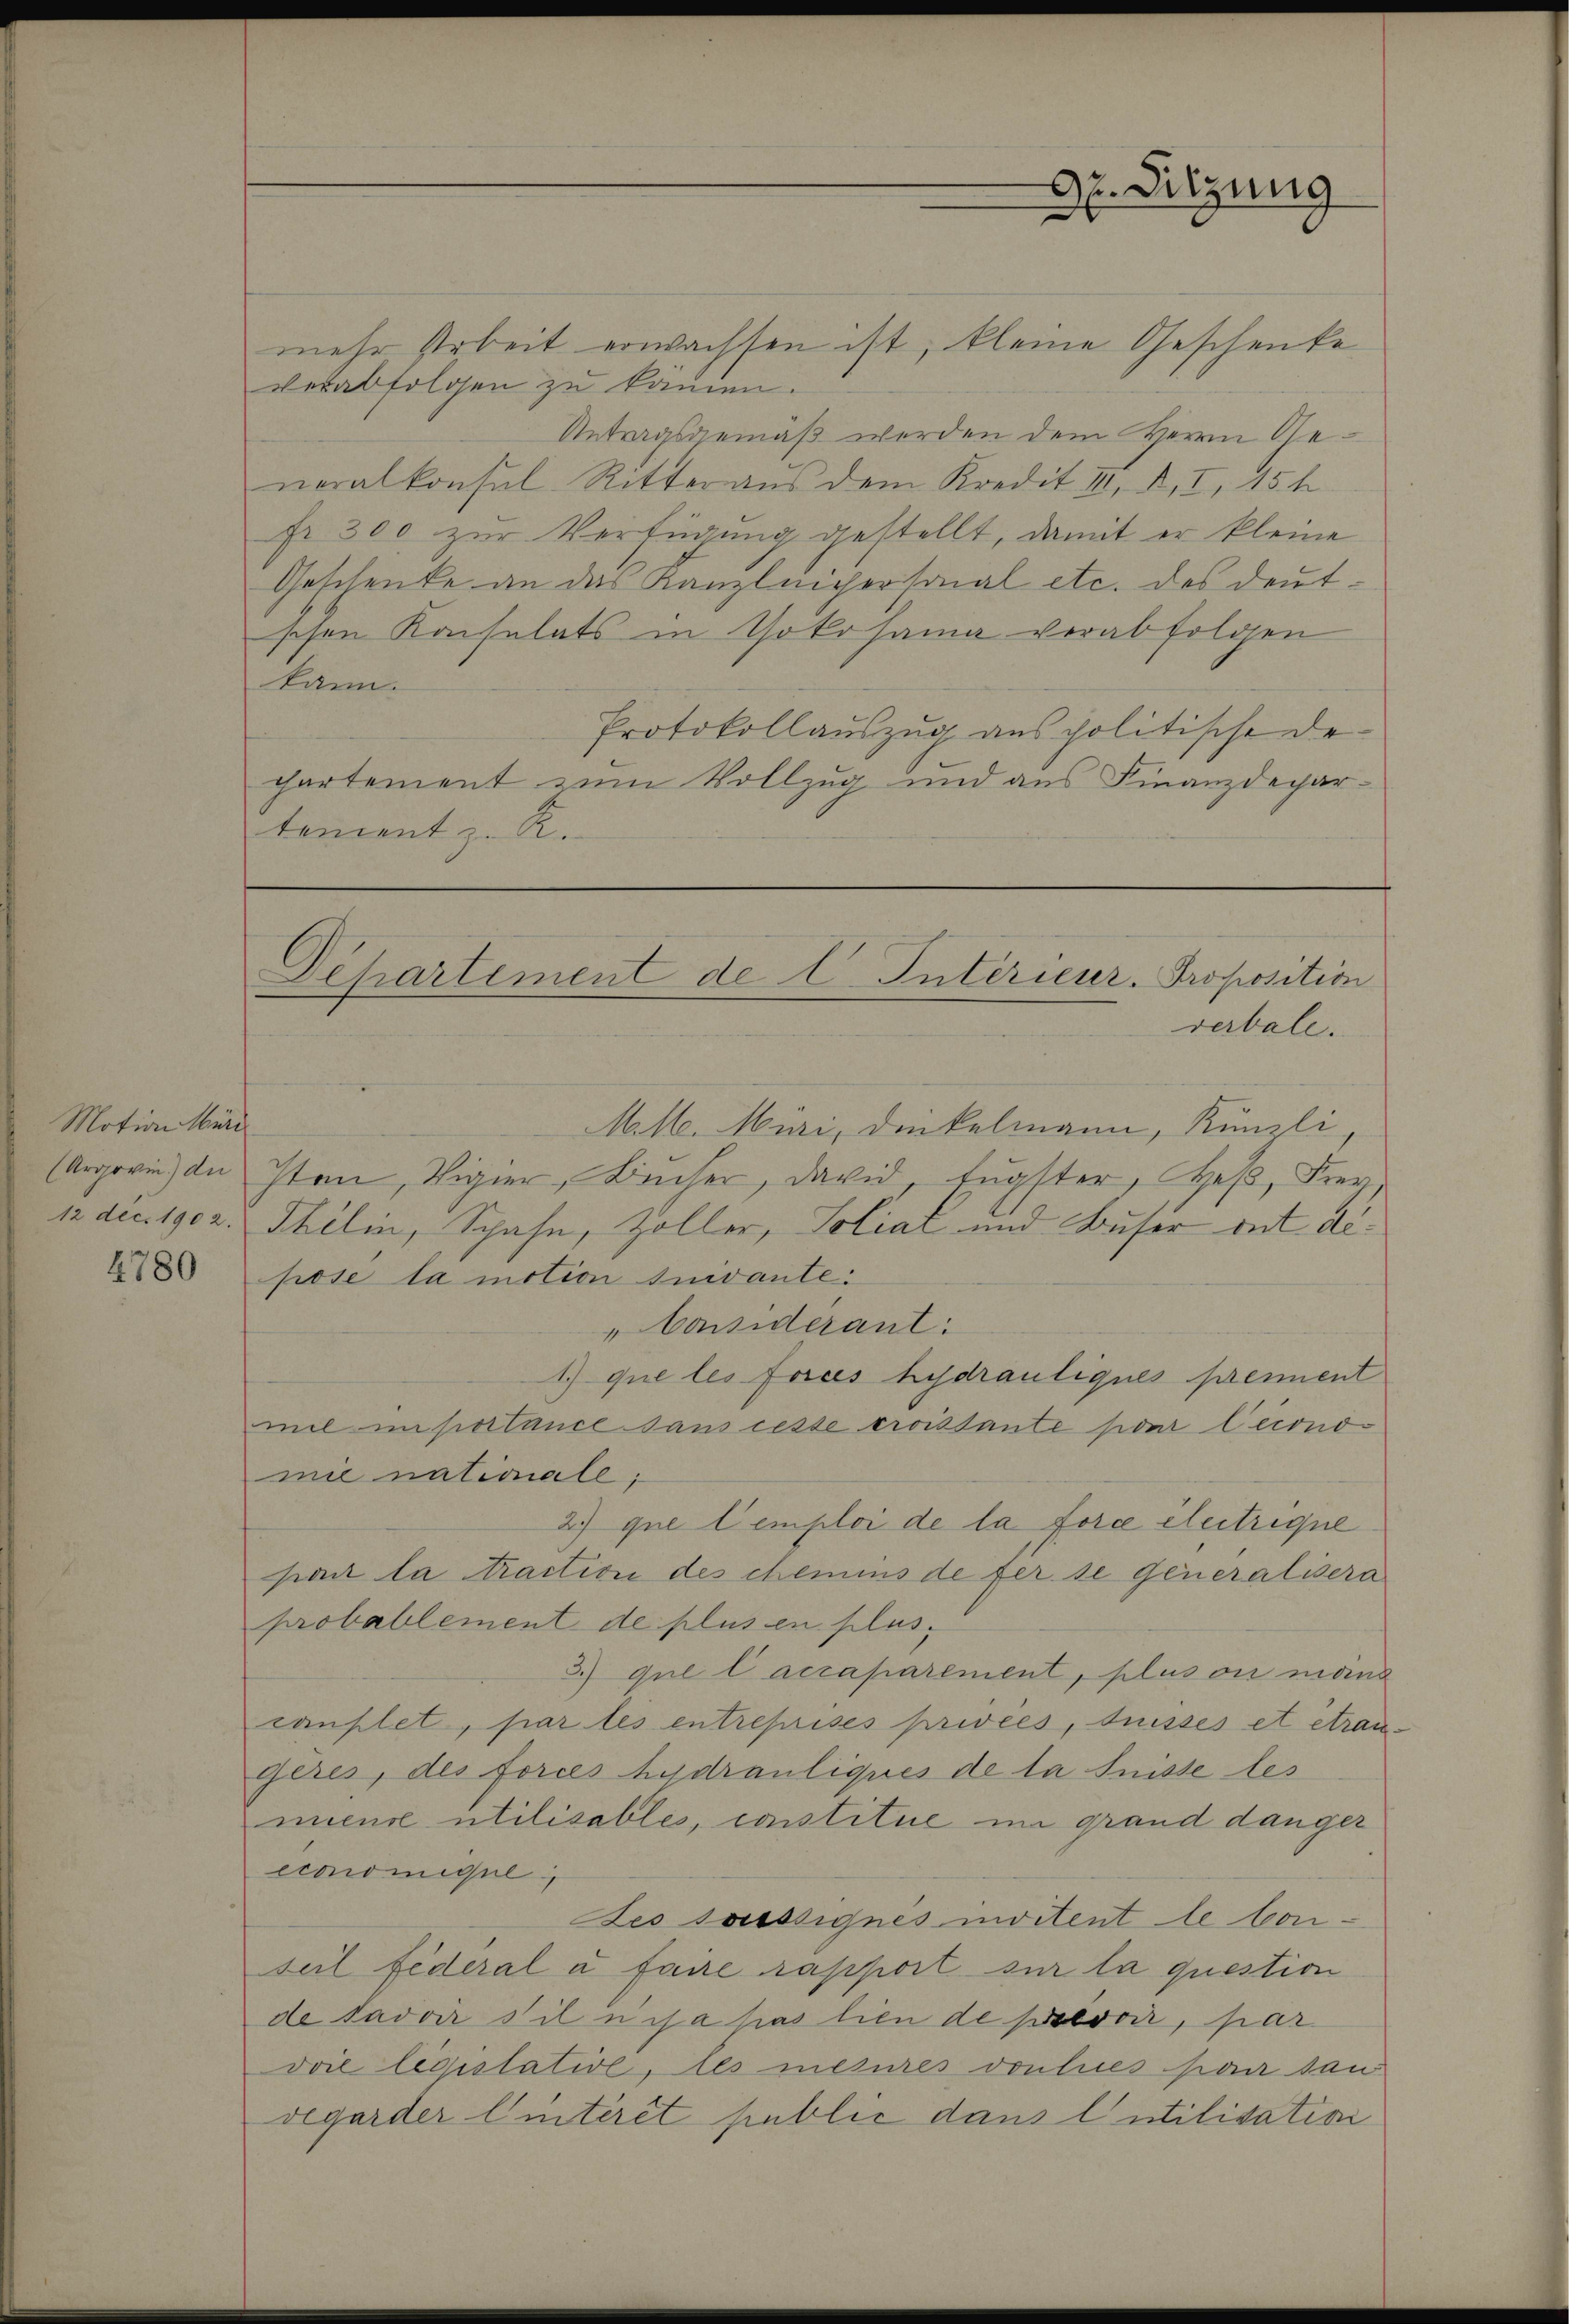
Motion Mari

4780

3. Sitzung

mehr Arbeit erwachsen ist, kleine Geschenke
verabfolgen zu kämen.
Antragsgemäß werden dem Herrn Generalkonsul Ritteraus dem Kredit III, N. I, 15 h
fr 300 zur Verfügung gestellt, damit er kleine
Geschenke an das Kanzleichersonal etc. des deutschen Konsulats in Yokohama vorabfolgen
kann.
Protokollauszug aus politische Departement zum Vollzug und aus Finanzdepartement z. R.

Departement de C. Interieur. Proposition
verbale.

Mlle. Müri, Dinkelmann, Künzli
(Argovin) in Iten, Vigier, Bücher, david Eugster, Heß, Frey,
12 dec. 1902. Thélin, Spahn, Zöller, Soliat und Buser ont alpose la motion suivante:
„Considerant:
1) que les forces hydrauliques present
mil importance dans cesse croissante pour leconomie nationale;
2) que temploi de la force electrique
pant la traction des chemins de fer se Generalisera
probablement de plus en plus.
3) que lacraparement, plus ou moins
cauflet, par les entreprises privées, disses et etraugères, des forces hydrauliques de la Suisse les
mieuse utilisables, constitue im grand danger
ccoomigel,
Les sasssignes invitent le Conseil Federal à faire rapport sur la question
de savoir sil uns a pas lien de prevoir, par
vvie législative, les mesures von lues par san
vegarder Eintérêt public dans l’utilisation